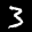
Label: 3